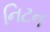
નિટન